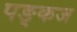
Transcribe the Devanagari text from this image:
पङ्कज